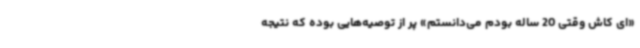
«ای کاش وقتی 20 ساله بودم می‌دانستم» پر از توصیه‌هایی بوده که نتیجه